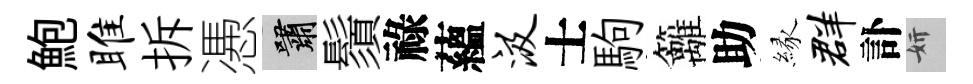
鮑雎拆慿嘯鬚祿蘊汲士駒籬助縁群訃妍